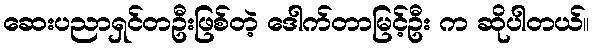
ဆေးပညာရှင်တဦးဖြစ်တဲ့ ဒေါက်တာမြင့်ဦး က ဆိုပါတယ်။